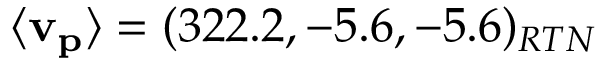
\langle \mathbf { v _ { p } } \rangle = ( 3 2 2 . 2 , - 5 . 6 , - 5 . 6 ) _ { R T N }